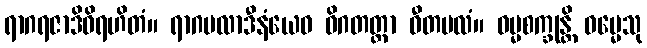
ရာဂရဇာဒိဝိရဟိတံ။ ရာဂမလာဒီနံယေဝ ဝိဂတတ္တာ ဝီတမလံ။ ဓမ္မစက္ခုန္တိ ဓမ္မေသု